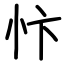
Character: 忭